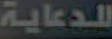
للدعاية